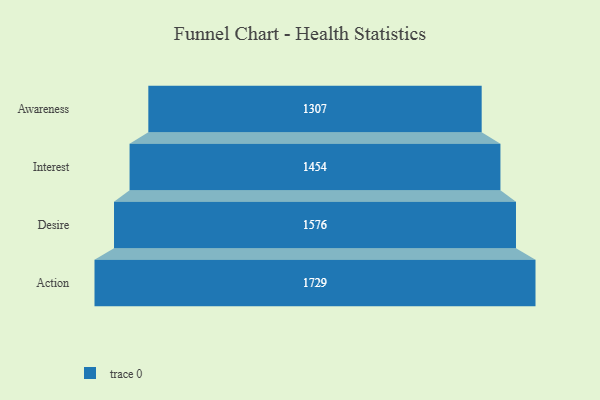
{"axis": {"x": "Stage", "y": "Value"}, "legend": [""], "data": [{"x": "Awareness", "y": 1307.0, "type": ""}, {"x": "Interest", "y": 1454.0, "type": ""}, {"x": "Desire", "y": 1576.0, "type": ""}, {"x": "Action", "y": 1729.0, "type": ""}]}